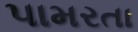
પામરતા